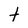
Character: t